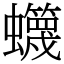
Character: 䘊